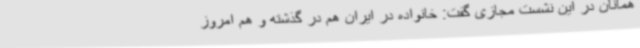
همانان در این نشست مجازی گفت: خانواده در ایران هم در گذشته و هم امروز